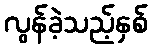
လွန်ခဲ့သည့်နှစ်